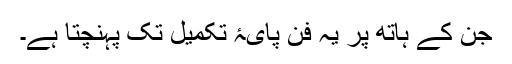
جن کے ہاتھ پر یہ فن پایۂ تکمیل تک پہنچتا ہے۔